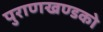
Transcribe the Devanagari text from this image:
पुराणखण्डको